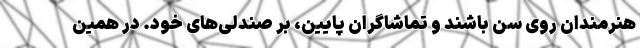
هنرمندان روی سن باشند و تماشاگران پایین، بر صندلی‌های خود. در همین